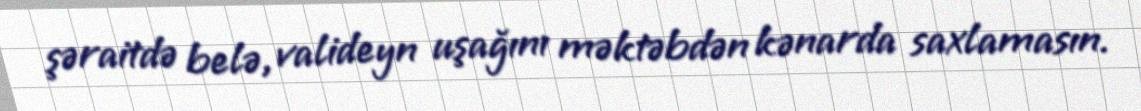
şəraitdə belə, valideyn uşağını məktəbdən kənarda saxlamasın.